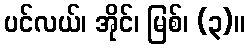
ပင်လယ်၊ အိုင်၊ မြစ်၊ (၃)။